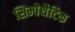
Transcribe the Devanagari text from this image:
सिम्पेथैटिक